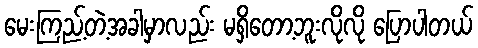
မေးကြည့်တဲ့အခါမှာလည်း မရှိတော့ဘူးလိုလို ပြောပါတယ်